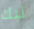
تبك